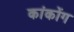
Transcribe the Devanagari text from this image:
कांकोंग